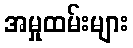
အမှုထမ်းများ